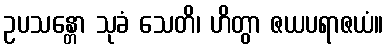
ဥပသန္တော သုခံ သေတိ၊ ဟိတွာ ဇယပရာဇယံ။